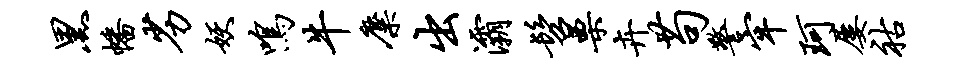
黑幡劣妖鸣牛麋出灞髫栗卉苟警牢珂屡祜